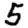
Digit: 5